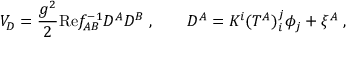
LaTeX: V _ { D } = \frac { g ^ { 2 } } 2 \mathrm { R e } f _ { A B } ^ { - 1 } D ^ { A } D ^ { B } \; , \qquad D ^ { A } = K ^ { i } ( T ^ { A } ) _ { i } ^ { j } \phi _ { j } + \xi ^ { A } \; ,